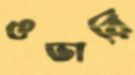
ওভারি